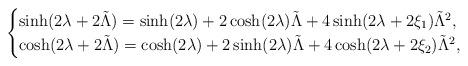
LaTeX: \begin{align*}\begin{cases}\sinh(2\lambda +2\tilde{\Lambda})= \sinh(2\lambda)+2\cosh(2\lambda)\tilde{\Lambda}+ 4 \sinh(2\lambda +2\xi_1)\tilde{\Lambda}^2,\\\cosh(2\lambda +2\tilde{\Lambda})= \cosh(2\lambda)+2\sinh(2\lambda)\tilde{\Lambda} +4 \cosh(2\lambda +2\xi_2) \tilde{\Lambda}^2,\end{cases}\end{align*}